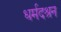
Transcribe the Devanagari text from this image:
धर्मदश्रन